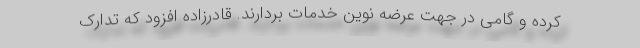
کرده و گامی در جهت عرضه نوین خدمات بردارند. قادرزاده افزود که تدارک